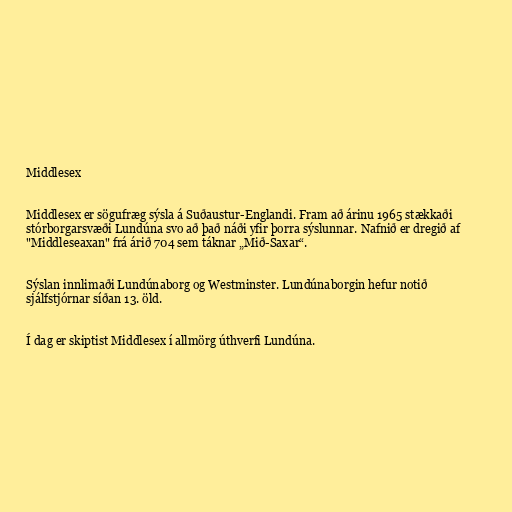
Middlesex

Middlesex er sögufræg sýsla á Suðaustur-Englandi. Fram að árinu 1965 stækkaði
stórborgarsvæði Lundúna svo að það náði yfir þorra sýslunnar. Nafnið er dregið af
"Middleseaxan" frá árið 704 sem táknar „Mið-Saxar“.

Sýslan innlimaði Lundúnaborg og Westminster. Lundúnaborgin hefur notið
sjálfstjórnar síðan 13. öld.

Í dag er skiptist Middlesex í allmörg úthverfi Lundúna.